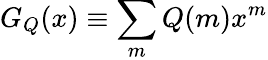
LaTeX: G_{Q}(x)\equiv\sum_{m}Q(m)x^{m}